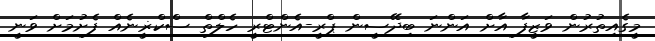
މީގެއިތުރުން ވަޒީފާ އާށް އަންނަ ބިދޭސީން ޕްރީ-އެންޓްރީ ހެލްތް ސްކްޜީނެއް ފެށުމަށް ވަނީ